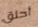
أحلق